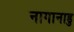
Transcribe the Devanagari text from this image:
नागानाडु